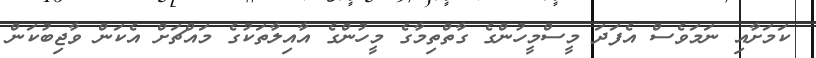
ކަމަށާއި ނަމަވެސް އެފަދަ މީސްމީހުންގެ ގާތްތިމާގެ މީހުންގެ އާއިލާތަކުގެ މައްޗަށް އެކަން ވާޖިބުކަން